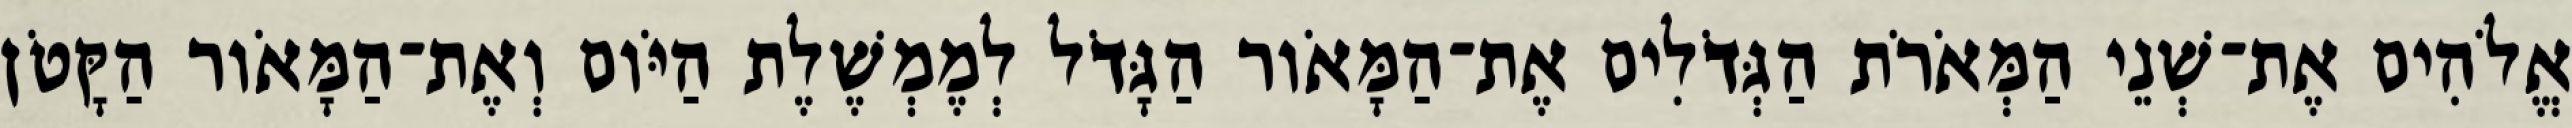
אֱלֹהִים אֶת־שְׁנֵי הַמְּאֹרֹת הַגְּדֹלִים אֶת־הַמָּאֹור הַגָּדֹל לְמֶמְשֶׁלֶת הַיֹּום וְאֶת־הַמָּאֹור הַקָּטֹן